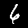
Label: 6